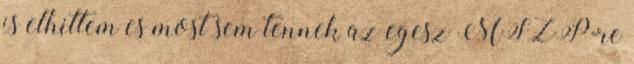
is elhittem es most sem tennek az egesz MSZP-re